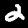
Digit: 2